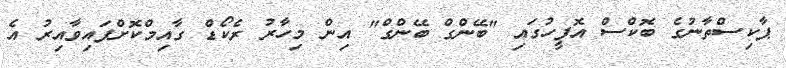
ޕާކިސްތާނުގެ ބޮކްސް އޮފީހުގައި "ބޭންގް ބޭންގް" އިން މިހާރު ރެކޯޑް ގާއިމްކޮށްފައިވާއިރު އެ